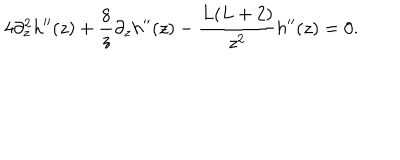
LaTeX: 4 \partial _ { z } ^ { 2 } h ^ { \prime \prime } ( z ) + { \frac { 8 } { z } } \partial _ { z } h ^ { \prime \prime } ( z ) - { \frac { L ( L + 2 ) } { z ^ { 2 } } } h ^ { \prime \prime } ( z ) = 0 .